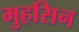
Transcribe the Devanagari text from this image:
मुहसिन